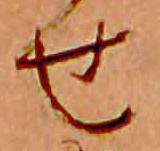
せ